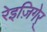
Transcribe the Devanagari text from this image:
रेइज़िगेर्